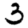
Digit: 3